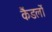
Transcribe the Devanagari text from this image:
कैंडलों